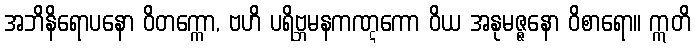
အဘိနိရောပနော ဝိတက္ကော, ဗဟိ ပရိဗ္ဘမနကဏ္ဋကော ဝိယ အနုမဇ္ဇနော ဝိစာရော။ ဣတိ